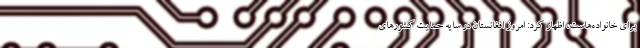
برای خانواده‌هاست، اظهار کرد: امروز افغانستان در سایه حمایت کشورهای